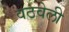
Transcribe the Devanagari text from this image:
वठवेली